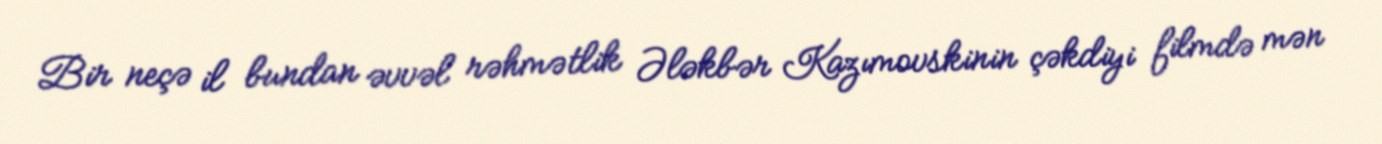
Bir neçə il bundan əvvəl rəhmətlik Ələkbər Kazımovskinin çəkdiyi filmdə mən